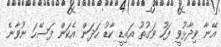
އޭނާ ވިދާޅުވީ ފަހު ވަގުތު އައިޑީ ކާޑު ހަދަން އެކަން ފަސޭހަ ނުވާނެ